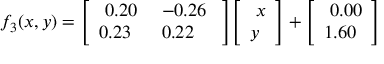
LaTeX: f _ { 3 } ( x , y ) = { \left[ \begin{array} { l l } { \ 0 . 2 0 } & { \ - 0 . 2 6 \ } \\ { 0 . 2 3 } & { \ 0 . 2 2 } \end{array} \right] } { \left[ \begin{array} { l } { \ x } \\ { y } \end{array} \right] } + { \left[ \begin{array} { l } { \ 0 . 0 0 } \\ { 1 . 6 0 } \end{array} \right] }